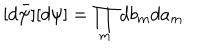
[ d \bar { \psi } ] [ d \psi ] = \prod _ { m } d b _ { m } d a _ { m }